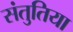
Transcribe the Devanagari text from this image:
संतुतिया